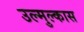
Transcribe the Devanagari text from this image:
उल्मुल्कास